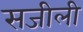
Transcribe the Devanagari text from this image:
सजीली